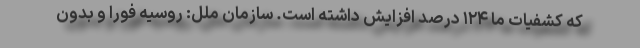
که کشفیات ما ۱۲۴ درصد افزایش داشته است. سازمان ملل: روسیه فورا و بدون